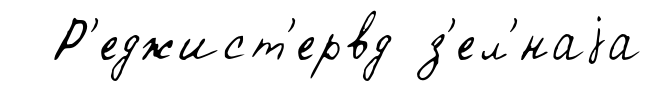
Р'еджист'ервд з'ел'́наjа